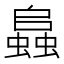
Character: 𧒂